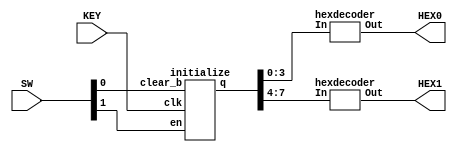
module counter(SW, KEY, HEX0, HEX1);
input [0:0] KEY;
input [1:0] SW;
output [6:0] HEX0, HEX1;
wire [7:0] q;

initialize c_0(
            .en(SW[1]),
            .clk(KEY[0]),
            .clear_b(SW[0]),
            .q(q)
  );

hexdecoder h_0(
              .In(q[3:0]),
              .Out(HEX0[6:0])
  );

hexdecoder h_1(
              .In(q[7:4]),
              .Out(HEX1[6:0])
  );

endmodule

module initialize(en, clk, clear_b, q);
  input en, clk, clear_b;
  output [7:0]q;


  my_tff t_0(
            .clk(clk),
            .clear_b(clear_b),
            .t(en),
            .q(q[0])
            );

  my_tff t_1(
            .clk(clk),
            .clear_b(clear_b),
            .t(en && q[0]),
            .q(q[1])
    );


  my_tff t_2(
            .clk(clk),
            .clear_b(clear_b),
            .t(en && q[0] && q[1]),
            .q(q[2])
    );

  my_tff t_3(
            .clk(clk),
            .clear_b(clear_b),
            .t(en && q[0] && q[1] && q[2]),
            .q(q[3])
    );


  my_tff t_4(
            .clk(clk),
            .clear_b(clear_b),
            .t(en && q[0] && q[1] && q[2] && q[3]),
            .q(q[4])
    );


  my_tff t_5(
            .clk(clk),
            .clear_b(clear_b),
            .t(en && q[0] && q[1] && q[2] && q[3] && q[4]),
            .q(q[5])
    );


  my_tff t_6(
            .clk(clk),
            .clear_b(clear_b),
            .t(en && q[0] && q[1] && q[2] && q[3] && q[4] && q[5]),
            .q(q[6])
    );


  my_tff t_7(
            .clk(clk),
            .clear_b(clear_b),
            .t(en && q[0] && q[1] && q[2] && q[3] && q[4] && q[5] && q[6]),
            .q(q[7])
    );

endmodule


module my_tff (clk, clear_b, t, q);

    input t, clk, clear_b;

    output reg q;


    always @(posedge clk, negedge clear_b)

    begin

        if (~clear_b)

            q<= 1'b0;

        else

            q<= q ^ t;

    end

endmodule

module hexdecoder(In, Out);

    input [3:0] In;

    output [6:0] Out;

    assign Out[0] = (~In[3] & ~In[2] & ~In[1] & In[0]) | (~In[3] & In[2] & ~In[1] & ~In[0]) | (In[3] & ~In[2] & In[1] & In[0]) | (In[3] & In[2] & ~In[1] & In[0]);

    assign Out[1] = (~In[3] & In[2] & ~In[1] & In[0]) | (~In[3] & In[2] & In[1] & ~In[0]) | (In[3] & ~In[2] & In[1] & In[0]) | (In[3] & In[2] & ~In[1] & ~In[0]) | (In[3] & In[2] & In[1] & ~In[0]) | (In[3] & In[2] & In[1] & In[0]);

    assign Out[2] = (~In[3] & ~In[2] & In[1] & ~In[0]) | (In[3] & In[2] & ~In[1] & ~In[0]) | (In[3] & In[2] & In[1] & ~In[0]) | (In[3] & In[2] & In[1] & In[0]);

    assign Out[3] = (~In[3] & ~In[2] & ~In[1] & In[0]) | (~In[3] & In[2] & ~In[1] & ~In[0]) | (~In[3] & In[2] & In[1] & In[0]) | (In[3] & ~In[2] & In[1] & ~In[0]) | (In[3] & In[2] & In[1] & In[0]);

    assign Out[4] = (~In[3] & ~In[2] & ~In[1] & In[0]) | (~In[3] & ~In[2] & In[1] & In[0]) | (~In[3] & In[2] & ~In[1] & ~In[0]) | (~In[3] & In[2] & ~In[1] & In[0]) | (~In[3] & In[2] & In[1] & In[0]) | (In[3] & ~In[2] & ~In[1] & In[0]);

    assign Out[5] = (~In[3] & ~In[2] & ~In[1] & In[0]) | (~In[3] & ~In[2] & In[1] & ~In[0]) | (~In[3] & ~In[2] & In[1] & In[0]) | (~In[3] & In[2] & In[1] & In[0]) | (In[3] & In[2] & ~In[1] & In[0]);

    assign Out[6] = (~In[3] & ~In[2] & ~In[1] & ~In[0]) | (~In[3] & ~In[2] & ~In[1] & In[0]) | (~In[3] & In[2] & In[1] & In[0]) | (In[3] & In[2] & ~In[1] & ~In[0]);

endmodule